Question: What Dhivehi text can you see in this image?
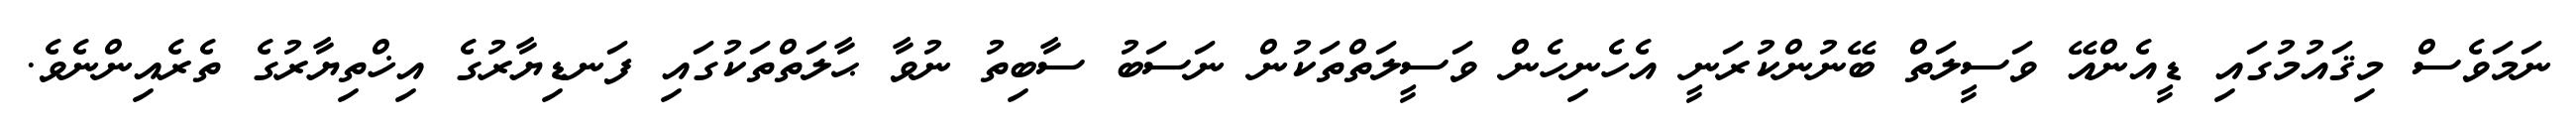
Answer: ނަމަވެސް މިޤައުމުގައި ޑީއެންއޭ ވަސީލަތް ބޭނުންކުރަނީ އެހެނިހެން ވަސީލަތްތަކުން ނަސަބު ސާބިތު ނުވާ ޙާލަތްތަކުގައި ފަނޑިޔާރުގެ އިޚްތިޔާރުގެ ތެރެއިންނެވެ.